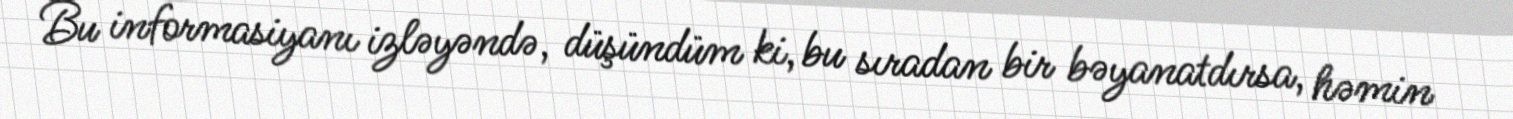
Bu informasiyanı izləyəndə, düşündüm ki, bu sıradan bir bəyanatdırsa, həmin